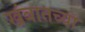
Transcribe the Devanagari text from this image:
खंबातच्या